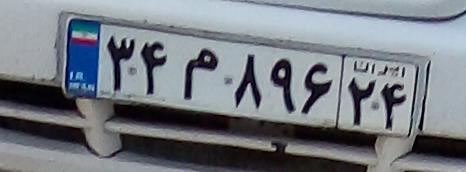
۳۴م۸۹۶۲۴